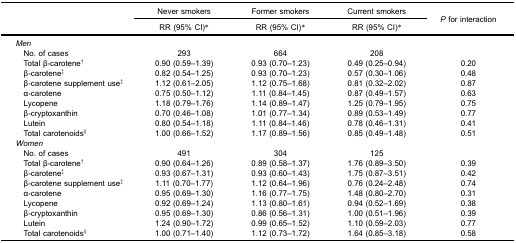
<table><thead><tr><td><b> </b></td><td><b>Never smokers</b></td><td><b>Former smokers</b></td><td><b>Current smokers</b></td><td rowspan="3"><b><i>P</i> for interaction</b></td></tr><tr><td><b> </b></td><td><b>RR (95% CI)*</b></td><td><b>RR (95% CI)*</b></td><td><b>RR (95% CI)*</b></td></tr></thead><tbody><tr><td><i>Men</i></td><td> </td><td> </td><td> </td><td> </td></tr><tr><td> No. of cases</td><td>293</td><td>664</td><td>208</td><td> </td></tr><tr><td> Total β-carotene<sup>†</sup></td><td>0.90 (0.59–1.39)</td><td>0.93 (0.70–1.23)</td><td>0.49 (0.25–0.94)</td><td>0.20</td></tr><tr><td> β-carotene<sup>‡</sup></td><td>0.82 (0.54–1.25)</td><td>0.93 (0.70–1.23)</td><td>0.57 (0.30–1.06)</td><td>0.48</td></tr><tr><td> β-carotene supplement use<sup>‡</sup></td><td>1.12 (0.61–2.05)</td><td>1.12 (0.75–1.68)</td><td>0.81 (0.32–2.02)</td><td>0.87</td></tr><tr><td> α-carotene</td><td>0.75 (0.50–1.12)</td><td>1.11 (0.84–1.45)</td><td>0.87 (0.49–1.57)</td><td>0.63</td></tr><tr><td> Lycopene</td><td>1.18 (0.79–1.76)</td><td>1.14 (0.89–1.47)</td><td>1.25 (0.79–1.95)</td><td>0.75</td></tr><tr><td> β-cryptoxanthin</td><td>0.70 (0.46–1.08)</td><td>1.01 (0.77–1.34)</td><td>0.89 (0.53–1.49)</td><td>0.77</td></tr><tr><td> Lutein</td><td>0.80 (0.54–1.18)</td><td>1.11 (0.84–1.46)</td><td>0.78 (0.46–1.31)</td><td>0.41</td></tr><tr><td> Total carotenoids<sup>§</sup></td><td>1.00 (0.66–1.52)</td><td>1.17 (0.89–1.56)</td><td>0.85 (0.49–1.48)</td><td>0.51</td></tr><tr><td><i>Women</i></td><td> </td><td> </td><td> </td><td> </td></tr><tr><td> No. of cases</td><td>491</td><td>304</td><td>125</td><td> </td></tr><tr><td> Total β-carotene<sup>†</sup></td><td>0.90 (0.64–1.26)</td><td>0.89 (0.58–1.37)</td><td>1.76 (0.89–3.50)</td><td>0.39</td></tr><tr><td> β-carotene<sup>‡</sup></td><td>0.93 (0.67–1.31)</td><td>0.93 (0.60–1.43)</td><td>1.75 (0.87–3.51)</td><td>0.42</td></tr><tr><td> β-carotene supplement use<sup>‡</sup></td><td>1.11 (0.70–1.77)</td><td>1.12 (0.64–1.96)</td><td>0.76 (0.24–2.48)</td><td>0.74</td></tr><tr><td> α-carotene</td><td>0.95 (0.69–1.30)</td><td>1.16 (0.77–1.75)</td><td>1.48 (0.80–2.70)</td><td>0.31</td></tr><tr><td> Lycopene</td><td>0.92 (0.69–1.24)</td><td>1.13 (0.80–1.61)</td><td>0.94 (0.52–1.69)</td><td>0.38</td></tr><tr><td> β-cryptoxanthin</td><td>0.95 (0.69–1.30)</td><td>0.86 (0.56–1.31)</td><td>1.00 (0.51–1.96)</td><td>0.39</td></tr><tr><td> Lutein</td><td>1.24 (0.90–1.72)</td><td>0.99 (0.65–1.52)</td><td>1.10 (0.59–2.03)</td><td>0.77</td></tr><tr><td> Total carotenoids<sup>§</sup></td><td>1.00 (0.71–1.40)</td><td>1.12 (0.73–1.72)</td><td>1.64 (0.85–3.18)</td><td>0.58</td></tr></tbody></table>